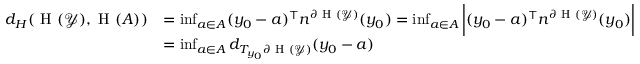
\begin{array} { r l } { d _ { H } ( \textrm { H } ( \mathcal { Y } ) , \textrm { H } ( A ) ) } & { = \operatorname* { i n f } _ { a \in A } ( y _ { 0 } - a ) ^ { \top } n ^ { \partial \textrm { H } ( \mathcal { Y } ) } ( y _ { 0 } ) = \operatorname* { i n f } _ { a \in A } \bigg | ( y _ { 0 } - a ) ^ { \top } n ^ { \partial \textrm { H } ( \mathcal { Y } ) } ( y _ { 0 } ) \bigg | } \\ & { = \operatorname* { i n f } _ { a \in A } d _ { T _ { y _ { 0 } } \partial \textrm { H } ( \mathcal { Y } ) } ( y _ { 0 } - a ) } \end{array}